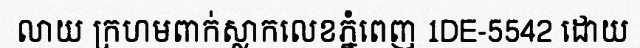
លាយ ក្រហមពាក់ស្លាកលេខភ្នំពេញ 1DE-5542 ដោយ